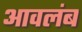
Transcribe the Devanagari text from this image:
आवलंब